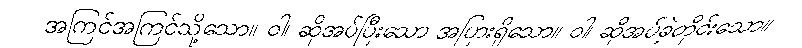
အကြင်အကြင်သို့သော။ ဝါ၊ ဆိုအပ်ပြီးသော အပြားရှိသော။ ဝါ၊ ဆိုအပ်ခဲ့တိုင်းသော။